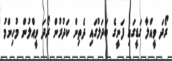
ރޯދަ ވީއްލާ ގަޑީގައި ފަނީގެ ބަދަލުގައި ދެތިން ކަދުރުން ރޯދަ ވީއްލުން މުހިންމު